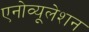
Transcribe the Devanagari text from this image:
एनोव्यूलेशन